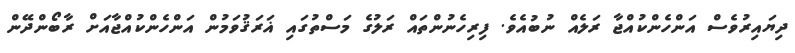
ދިޔައިރުވެސް އަންހެންކުއްޖާ ރަލެއް ނުބުއެވެ. ފިރިހެނުންތައް ރަލުގެ މަސްތުގައި ޣަރަޤުވަމުން އަންހެންކުއްޖާއަށް ރާބޯންދޭން